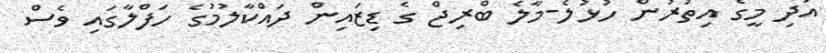
އަދި މީގެ އިތުރުން ހުޅުލެ-މާލެ ބްރިޖް ގެ ޑިޒައިން ދައްކާލުމުގެ ހަފްލާގައި ވެސް